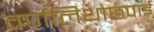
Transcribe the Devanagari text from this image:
वर्णलिथोछपाई